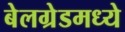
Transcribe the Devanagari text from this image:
बेलग्रेडमध्ये